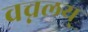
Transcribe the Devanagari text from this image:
वच्नलय्